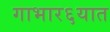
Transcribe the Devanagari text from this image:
गाभार६यात